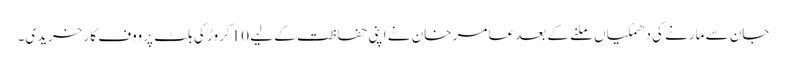
جان سے مارنے کی دھمکیاں ملنے کے بعد عامر خان نے اپنی حفاظت کے لیے 10 کروڑ کی بلٹ پرووف کار خریدی۔